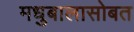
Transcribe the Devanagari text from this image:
मधुबालासोबत